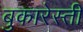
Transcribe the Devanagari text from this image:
बुकारेस्ती